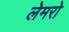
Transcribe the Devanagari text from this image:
लेमरो